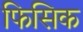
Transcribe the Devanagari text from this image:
फिसिक